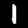
Label: 1